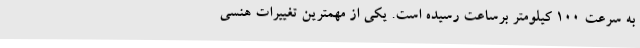
به سرعت 100 کیلومتر برساعت رسیده است. یکی از مهمترین تغییرات هنسی